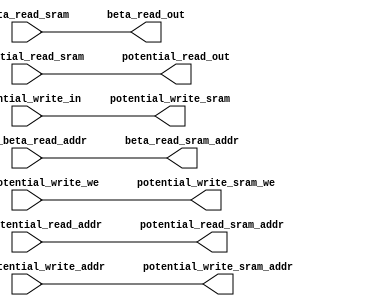
`default_nettype none
`timescale 1ns/1ns


/* `include "shift_add_mult.v" */

module u_b_memory_controler(
    //potential read
    input wire [127:0] potential_read_sram,
    output wire [8:0] potential_read_sram_addr,

    output wire [127:0] potential_read_out,

    input wire [8:0] cntrl_potential_read_addr,

    //beta read
    input wire [63:0] beta_read_sram,
    output wire [8:0] beta_read_sram_addr,

    output wire [63:0] beta_read_out,

    input wire [8:0] cntrl_beta_read_addr,

    // potential write
    output wire [127:0] potential_write_sram,
    output wire [8:0] potential_write_sram_addr,
    output wire potential_write_sram_we,

    input wire [127:0] potential_write_in,

    input wire [8:0] cntrl_potential_write_addr,
    input wire cntrl_potential_write_we
    );

    //potential read
    assign potential_read_out = potential_read_sram;
    assign potential_read_sram_addr = cntrl_potential_read_addr;

    //beta read
    assign beta_read_out = beta_read_sram;
    assign beta_read_sram_addr = cntrl_beta_read_addr;

    //potential write
    assign potential_write_sram = potential_write_in;
    assign potential_write_sram_addr = cntrl_potential_write_addr;
    assign potential_write_sram_we = cntrl_potential_write_we;

    `ifdef COCOTB_SIM
    initial begin
    $dumpfile ("u_b_memory_controler.vcd");
    $dumpvars (0, u_b_memory_controler);
    #1;
    end
    `endif

endmodule